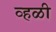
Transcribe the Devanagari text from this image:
व्हळी